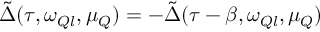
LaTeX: \tilde { \Delta } ( \tau , \omega _ { Q l } , \mu _ { Q } ) = - \tilde { \Delta } ( \tau - \beta , \omega _ { Q l } , \mu _ { Q } )